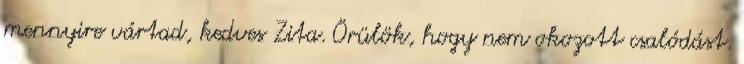
mennyire vártad, kedves Zita. Örülök, hogy nem okozott csalódást.